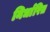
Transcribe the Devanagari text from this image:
निर्धारित